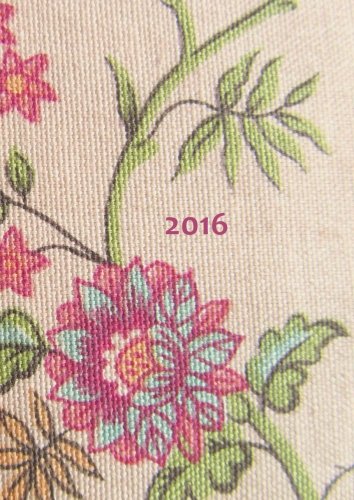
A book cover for MY BIG FAT CALENDAR 2016 - FLOWERS (Great Britain): 1 day per DIN A4 page, lined; edition cumulus; Calendars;